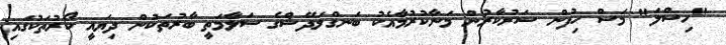
"ހިސްލަ" މަސް ހިފުން ސަރުކާރުން މަނާކުރުމާއެކު ބަނގްލަދޭޝްގެ ސަލާމަތީ ބާރުތަކުން ދިޔައީ ކޯރުތަކުގައި